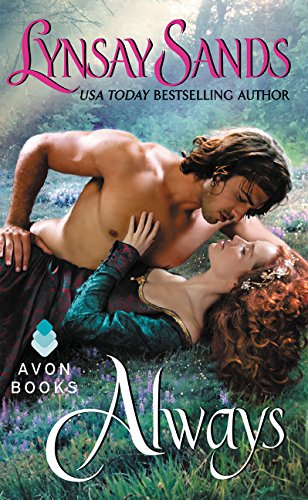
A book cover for Always; Lynsay Sands; Romance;